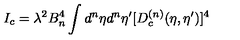
I _ { c } = \lambda ^ { 2 } B _ { n } ^ { 4 } \int d ^ { n } { \eta } d ^ { n } { \eta ^ { \prime } } [ D _ { c } ^ { ( n ) } ( \eta , { \eta } ^ { \prime } ) ] ^ { 4 }